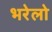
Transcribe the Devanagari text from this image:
भरेलो